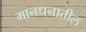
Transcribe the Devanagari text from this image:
मानधनातील